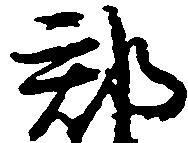
郡